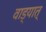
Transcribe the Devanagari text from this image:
वाड्यात्